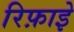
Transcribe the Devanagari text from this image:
रिफ़ाइे